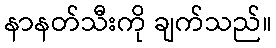
နာနတ်သီးကို ချက်သည်။